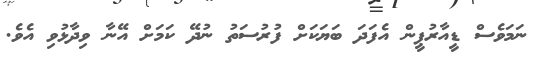
ނަމަވެސް ޑީއާރުޕީން އެފަދަ ބަޔަކަށް ފުރުސަތު ނުދޭ ކަމަށް އޭނާ ވިދާޅުވި އެވެ.